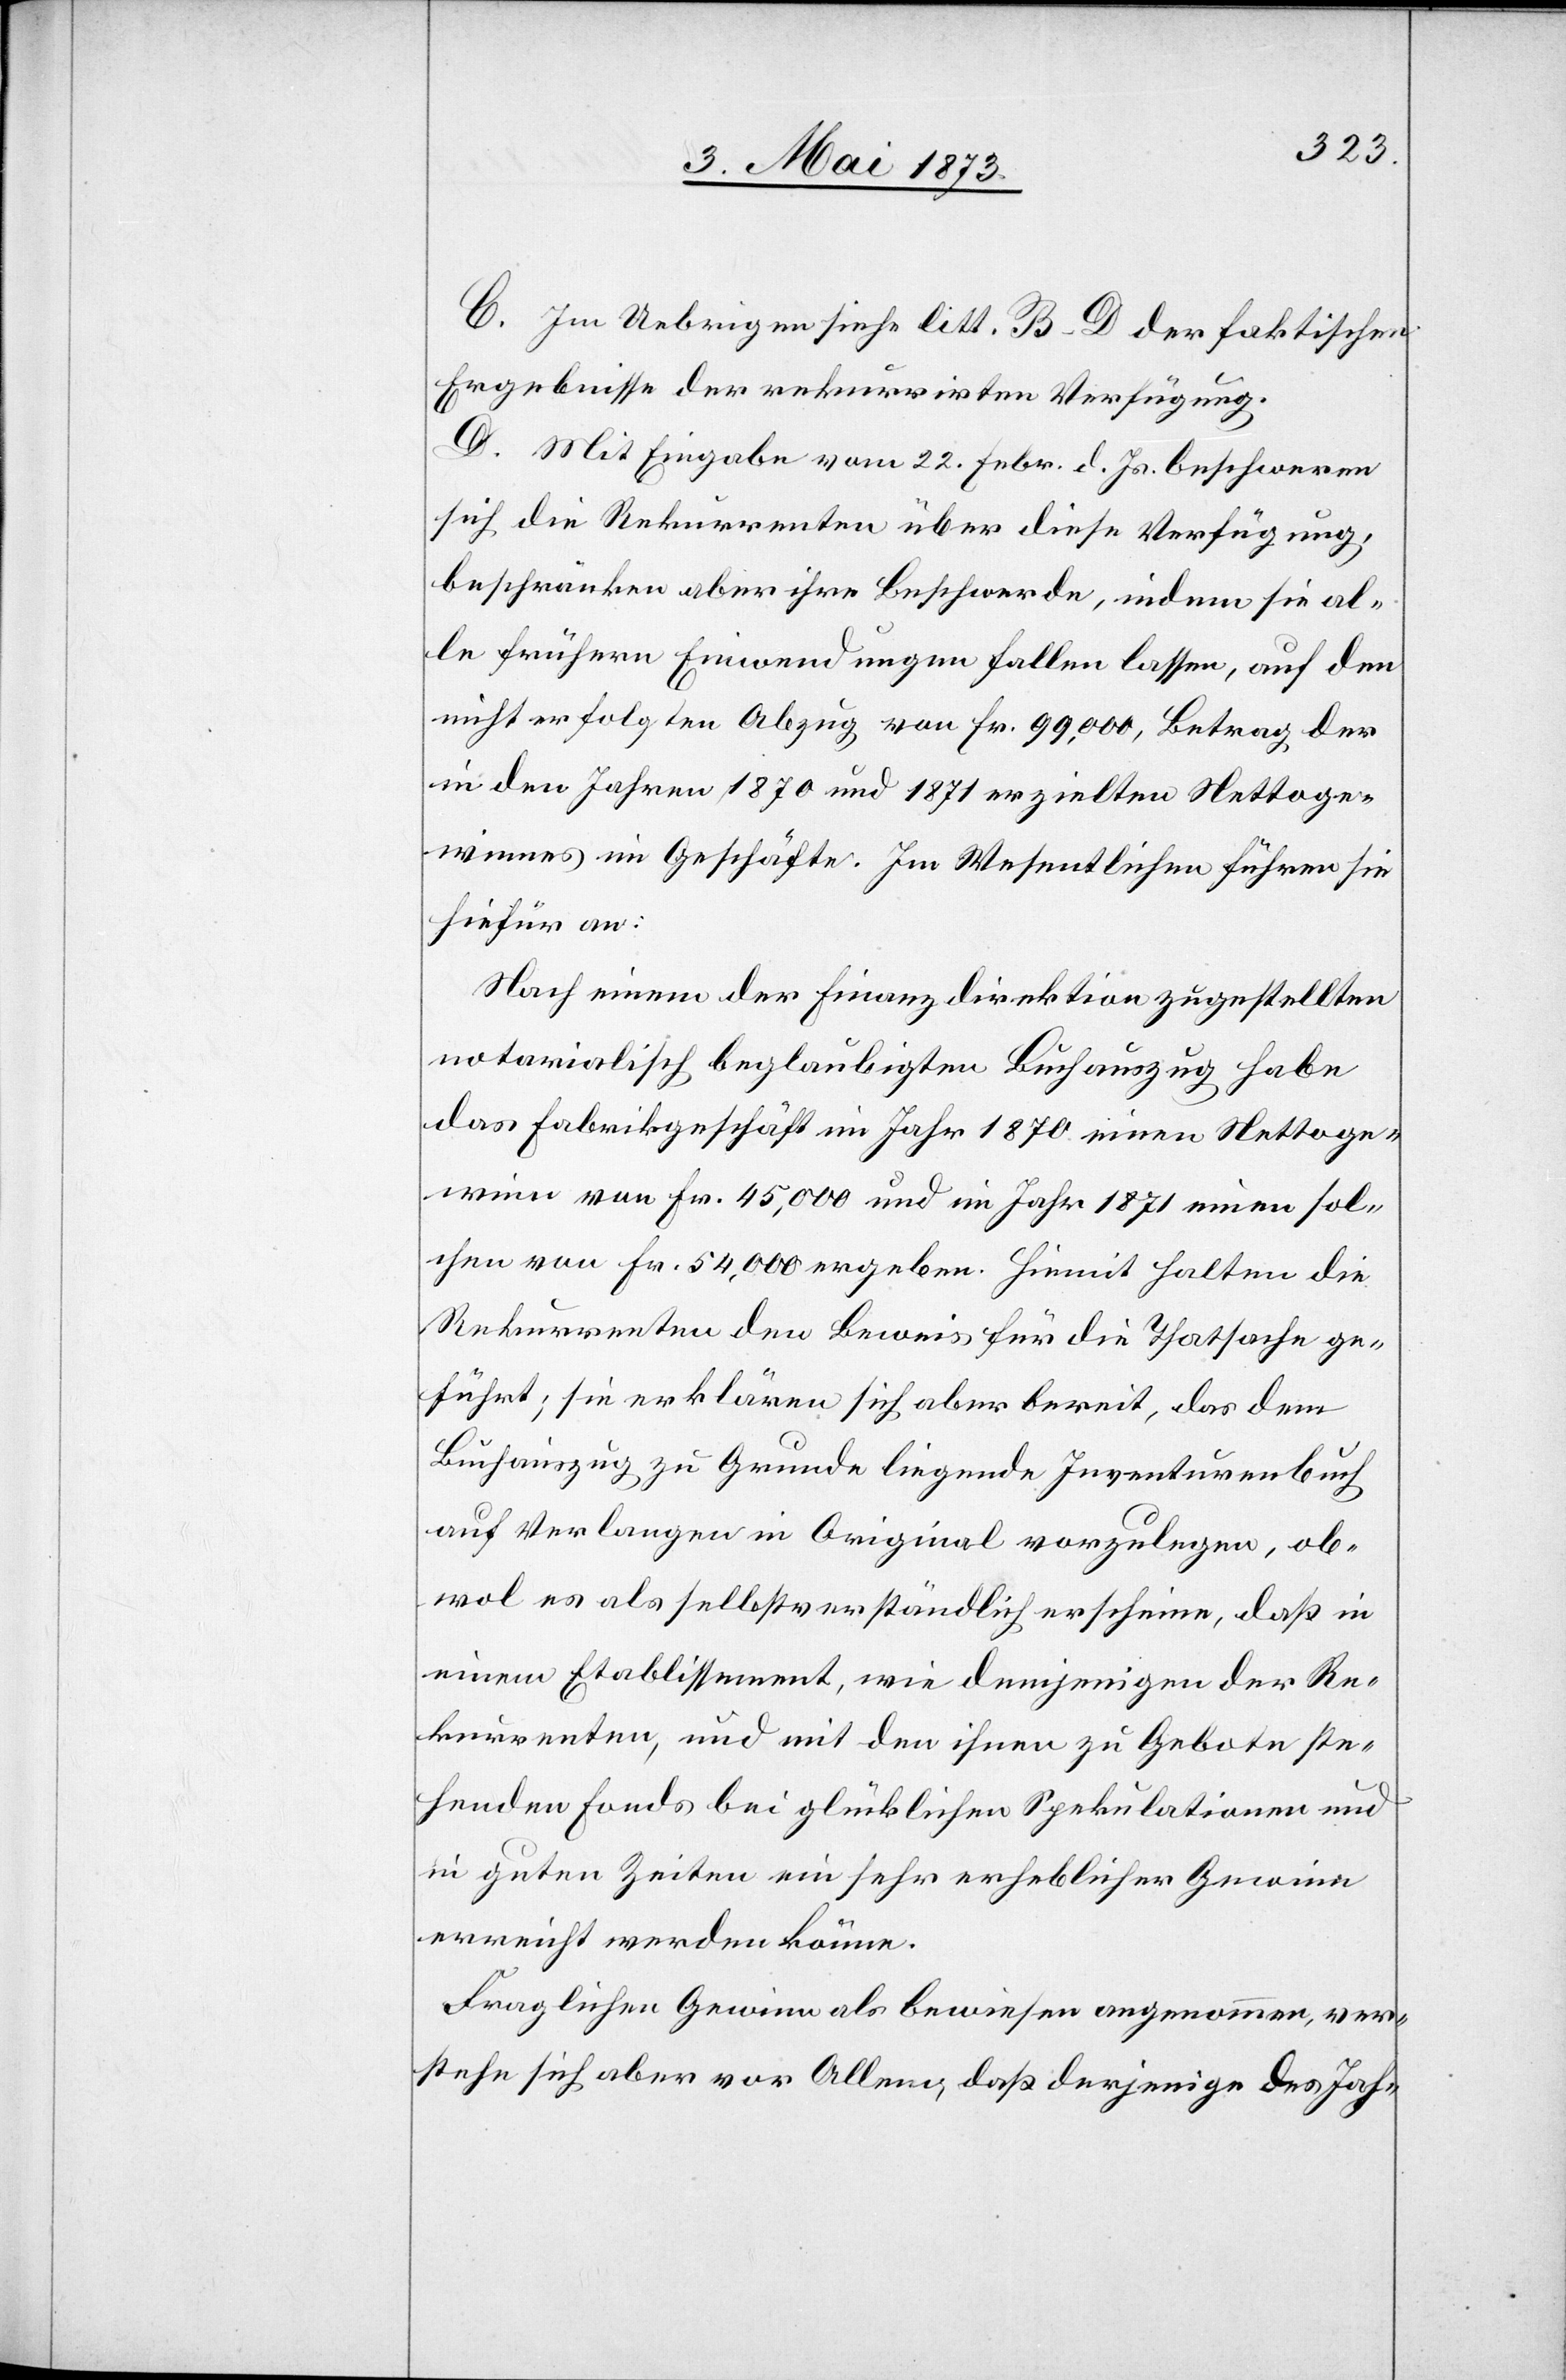
C. Im Uebrigen siehe litt. B–D der faktischen
Ergebnisse der rekurrirten Verfügung.
D. Mit Eingabe vom 22. Febr. d. Js. beschweren
sich die Rekurrenten über diese Verfügung,
beschränken aber ihre Beschwerde, indem sie al¬
le frühern Einwendungen fallen lassen, auf den
nicht erfolgten Abzug von Fr. 99,000, Betrag der
in den Jahren 1870 und 1871 erzielten Nettoge¬
winnes im Geschäfte. Im Wesentlichen führen sie
hiefür an:
Nach einem der Finanzdirektion zugestellten
notarialisch beglaubigten Buchauszug habe
das Fabrikgeschäft im Jahr 1870 einen Nettoge¬
winn von Fr. 45,000 und im Jahr 1871 einen sol¬
chen von Fr. 54,000 ergeben. Hiemit halten die
Rekurrenten den Beweis für die Thatsache ge¬
führt; sie erklären sich aber bereit, das dem
Buchauszug zu Grunde liegende Inventurenbuch
auf Verlangen in Original vorzulegen, ob¬
wol es als selbstverständlich erscheine, daß in
einem Etablissement, wie demjenigen der Re¬
kurrenten, und mit den ihnen zu Gebote ste¬
henden Fonds bei glücklichen Spekulationen und
in guten Zeiten ein sehr erheblicher Gewinn
erreicht werden könne.
Fraglichen Gewinn als bewiesen angenommen, ver¬
stehe sich aber vor Allem, daß derjenige des Jah-